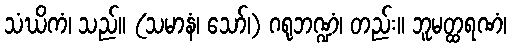
သံဃိကံ၊ သည်။ (သမာနံ၊ သော်၊) ဂရုဘဏ္ဍံ၊ တည်း။ ဘူမတ္ထရဏံ၊